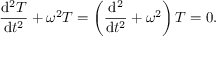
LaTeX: { \frac { \mathrm { d } ^ { 2 } T } { \mathrm { d } t ^ { 2 } } } + \omega ^ { 2 } T = \left( { \frac { \mathrm { d } ^ { 2 } } { \mathrm { d } t ^ { 2 } } } + \omega ^ { 2 } \right) T = 0 .